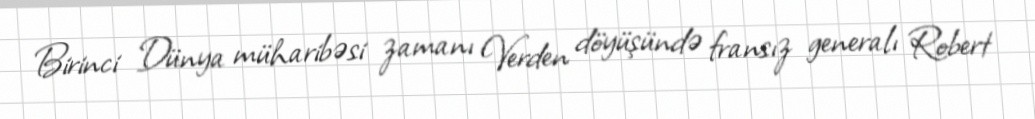
Birinci Dünya müharibəsi zamanı Verden döyüşündə fransız generalı Robert